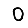
Digit: 0